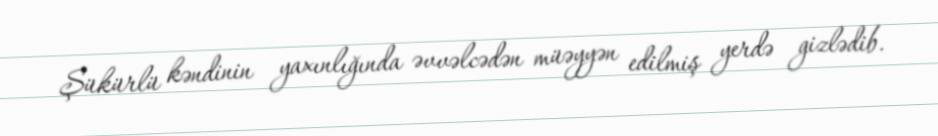
Şükürlü kəndinin yaxınlığında əvvəlcədən müəyyən edilmiş yerdə gizlədib.